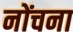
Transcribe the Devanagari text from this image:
नोंचना